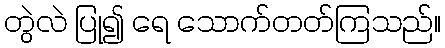
တွဲလဲ ပြု၍ ရေ သောက်တတ်ကြသည်။